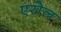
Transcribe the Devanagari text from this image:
एरोल